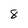
Character: 8